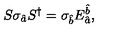
S \sigma _ { \hat { a } } S ^ { \dagger } = \sigma _ { \hat { b } } E _ { \mathrm { } \hat { a } } ^ { \hat { b } } ,